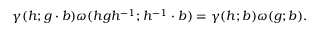
\gamma ( h ; g \cdot b ) \omega ( h g h ^ { - 1 } ; h ^ { - 1 } \cdot b ) = \gamma ( h ; b ) \omega ( g ; b ) .